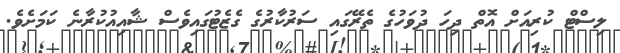
ލިސްޓް ކުރިއަށް އޮތް ދިހަ ދުވަހުގެ ތެރޭގައި ސަރުކާރުގެ ގެޒެޓުގައިވެސް ޝާއިއުކުރާނެ ކަމަށެވެ.